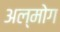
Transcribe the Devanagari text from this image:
अल्मोग